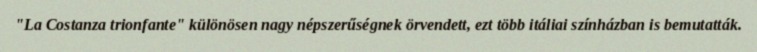
"La Costanza trionfante" különösen nagy népszerűségnek örvendett, ezt több itáliai színházban is bemutatták.